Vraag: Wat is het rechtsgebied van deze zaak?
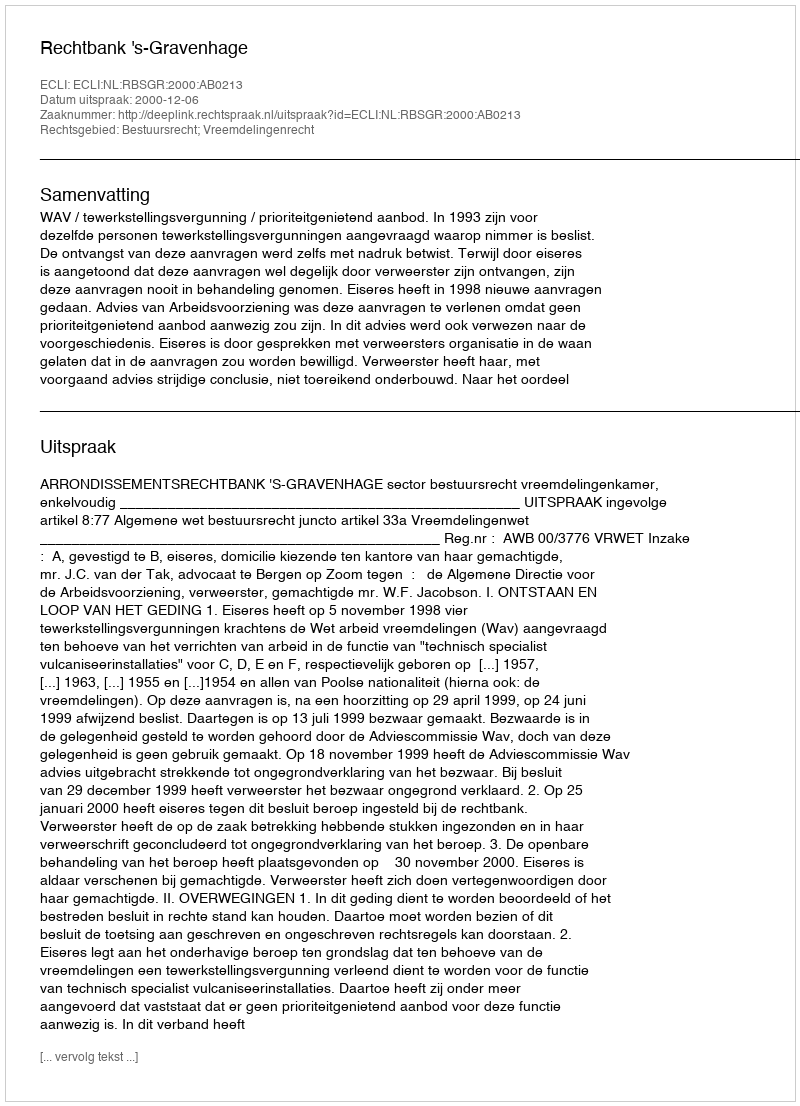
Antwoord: Bestuursrecht; Vreemdelingenrecht